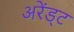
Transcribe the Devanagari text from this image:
अरेंड्ट